Ranna_vallavalitsus, lk 33
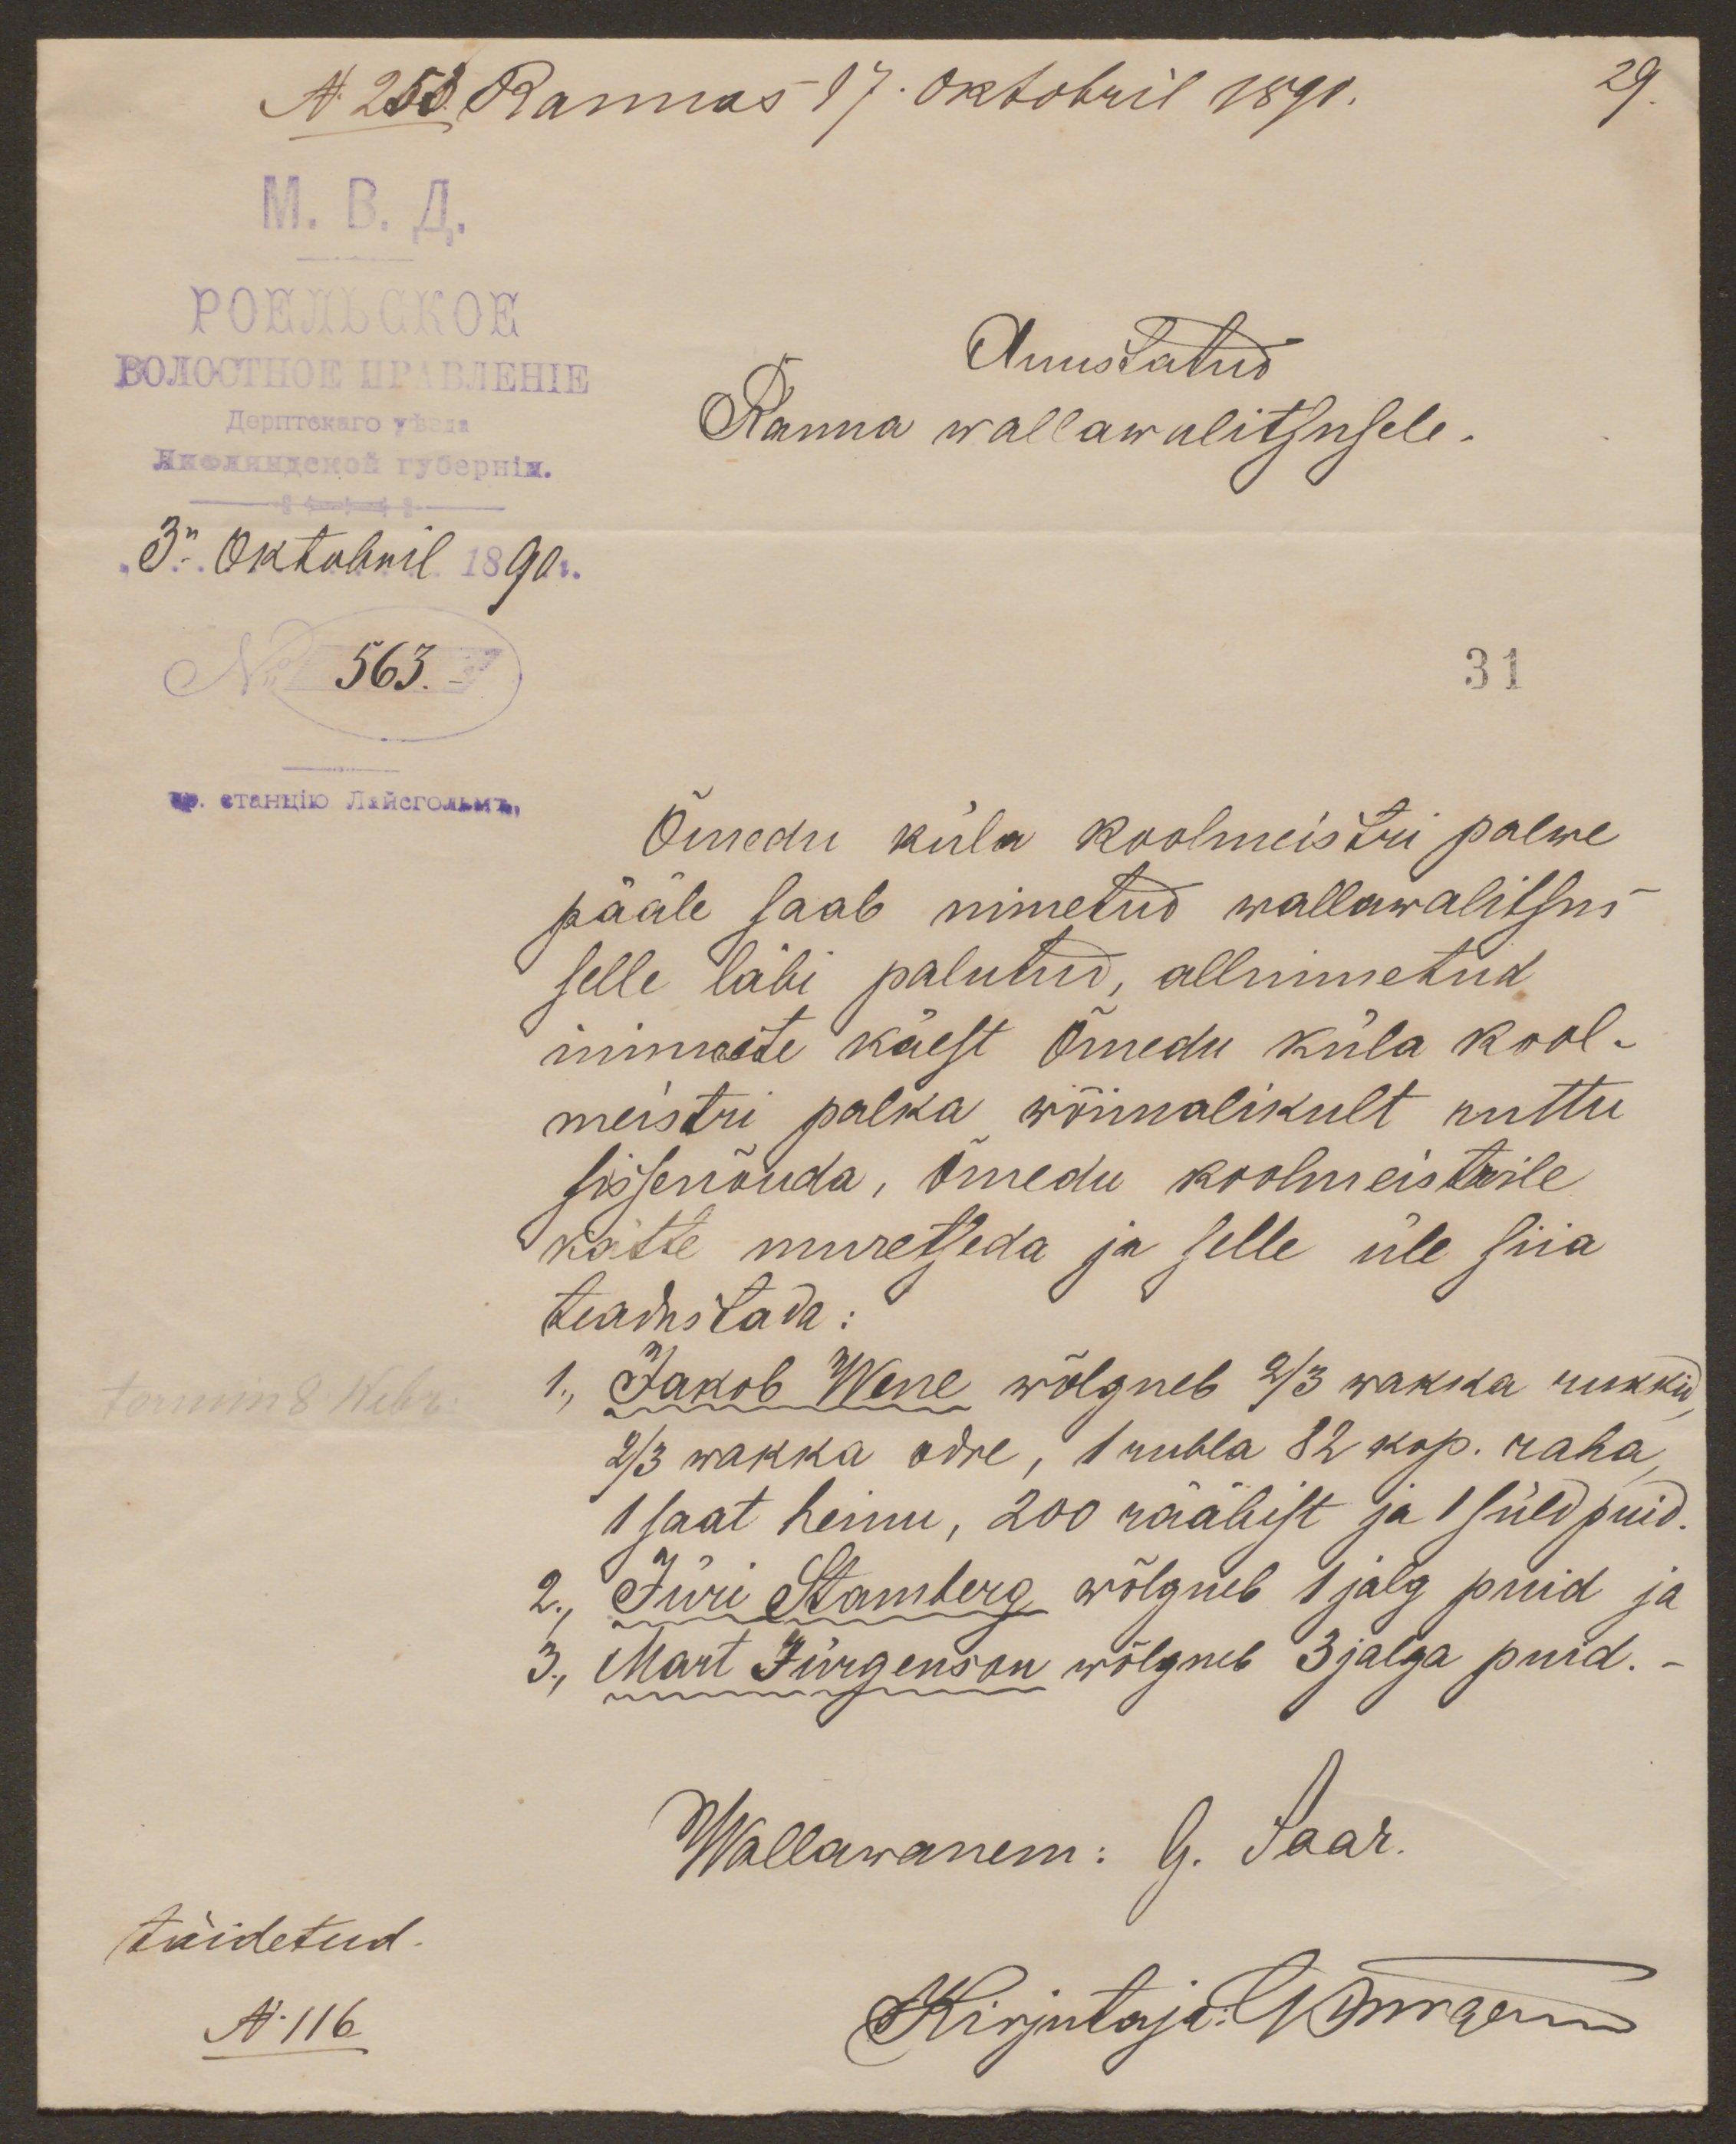
29.

N 253. Rannas 17. Oktobril 1891.
3. Oktobril 1890
No 563.
Auustatud
Ranna wallawalitsusele.
31
Õmedu küla koolmeistri palwe
pääle saab nimetud wallawalitsus
selle läbi palutud, allnimetud
inimeste käest Õmedu küla kool-
meistri palka wõimalikult ruttu
sissenõuda, Õmedu koolmeistrile
kätte muretseda ja selle üle siia
teadustada:
1., Jakob Wene wõlgneb 2/3 wakka rukkid
2/3 wakka odre, 1 rubla 82 kop. raha,
1saat heinu, 200 rääbist ja 1 süld puid.
2., Jüri Stamberg wõlgneb 1 jalg puid ja
3., Mart Jürgenson wõlgneb 3 jalga puid.-
Wallawanem: G. Saar.
Kirjutaja: Gürrgem

täidetud.
N.116